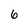
Character: 6